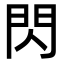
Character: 閃